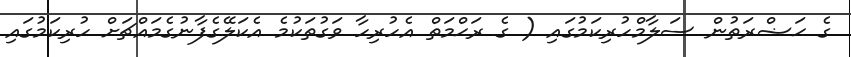
ގެ ޙަޟްރަތުން ސަލާމްހުރިކަމުގައި ( ގެ ރަޙްމަތް އެހުރިހާ ވަގުތަކުމެ އެކަލޭގެފާނުގެމައްޗަށް ހުރިކަމުގައި